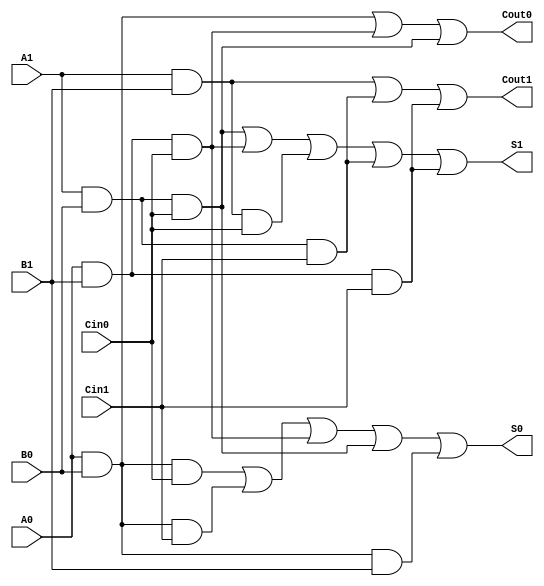
module dual_rail_full_adder (
    input wire A1, A0,   // Dual-rail representation of input A
    input wire B1, B0,   // Dual-rail representation of input B
    input wire Cin1, Cin0, // Dual-rail representation of carry input Cin
    output wire S1, S0,  // Dual-rail representation of sum output S
    output wire Cout1, Cout0 // Dual-rail representation of carry output Cout
);

// Intermediate signals for the logic
wire A, B, Cin;
wire sum, carry;

// Decode the dual-rail inputs to single-bit values
assign A = A1 ? 1'b1 : (A0 ? 1'b0 : 1'bx);
assign B = B1 ? 1'b1 : (B0 ? 1'b0 : 1'bx);
assign Cin = Cin1 ? 1'b1 : (Cin0 ? 1'b0 : 1'bx);

// Full adder logic
assign sum = A ^ B ^ Cin; // Sum output
assign carry = (A & B) | (Cin & (A ^ B)); // Carry output

// Dual-rail encoding for sum output
assign S1 = (A1 & B0 & Cin0) | (A0 & B1 & Cin0) | (A1 & B1 & Cin0) | (A1 & B0 & Cin1) | (A0 & B1 & Cin1);
assign S0 = (A0 & B0 & Cin0) | (A0 & B0 & Cin1) | (A0 & B1 & Cin0) | (A1 & B0 & Cin0) | (A0 & B0 & B1);

// Dual-rail encoding for carry output
assign Cout1 = (A1 & B1) | (A1 & B0 & Cin1) | (A0 & B1 & Cin1);
assign Cout0 = (A0 & B0) | (A0 & B1 & Cin0) | (A1 & B0 & Cin0);

// Fault tolerance checks (optional, can be implemented as assertions or additional logic)
assign fault_A = A1 & A0; // Invalid state for A
assign fault_B = B1 & B0; // Invalid state for B
assign fault_Cin = Cin1 & Cin0; // Invalid state for Cin

endmodule